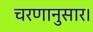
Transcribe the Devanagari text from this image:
चरणानुसार।